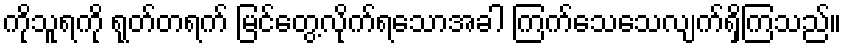
ကိုသူရကို ရုတ်တရက် မြင်တွေ့လိုက်ရသောအခါ ကြက်သေသေလျက်ရှိကြသည်။